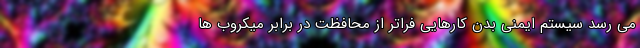
می رسد سیستم ایمنی بدن کارهایی فراتر از محافظت در برابر میکروب ها